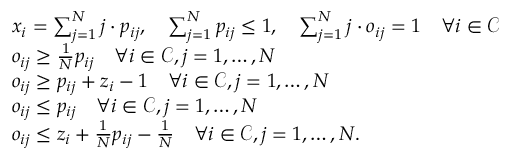
\begin{array} { r l } & { x _ { i } = \sum _ { j = 1 } ^ { N } j \cdot p _ { i j } , \quad \sum _ { j = 1 } ^ { N } p _ { i j } \leq 1 , \quad \sum _ { j = 1 } ^ { N } j \cdot o _ { i j } = 1 \quad \forall i \in \mathcal { C } } \\ & { o _ { i j } \geq \frac { 1 } { N } p _ { i j } \quad \forall i \in \mathcal { C } , j = 1 , \dots , N } \\ & { o _ { i j } \geq p _ { i j } + z _ { i } - 1 \quad \forall i \in \mathcal { C } , j = 1 , \dots , N } \\ & { o _ { i j } \leq p _ { i j } \quad \forall i \in \mathcal { C } , j = 1 , \dots , N } \\ & { o _ { i j } \leq z _ { i } + \frac { 1 } { N } p _ { i j } - \frac { 1 } { N } \quad \forall i \in \mathcal { C } , j = 1 , \dots , N . } \end{array}